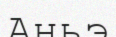
Аньэ